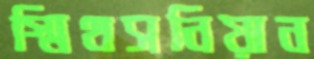
স্মিথসনিয়ান